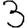
Digit: 3